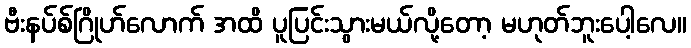
ဗီးနပ်စ်ဂြိုဟ်လောက် အထိ ပူပြင်းသွားမယ်လို့တော့ မဟုတ်ဘူးပေါ့လေ။